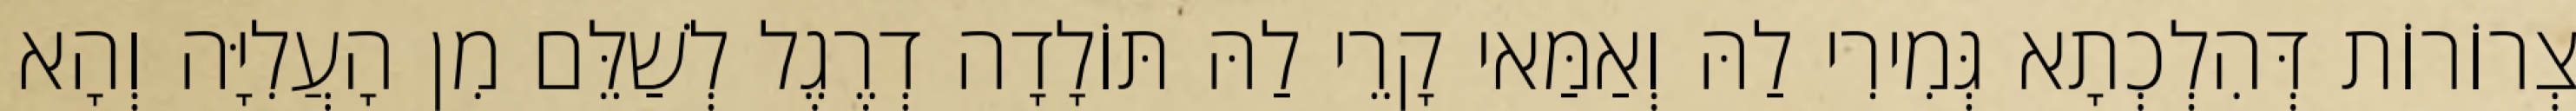
צְרוֹרוֹת דְּהִלְכְתָא גְּמִירִי לַהּ וְאַמַּאי קָרֵי לַהּ תּוֹלָדָה דְרֶגֶל לְשַׁלֵּם מִן הָעֲלִיָּה וְהָא